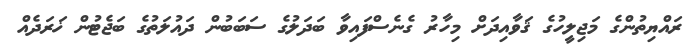
ރައްޔިތުންގެ މަޖިލީހުގެ ޤަވާއިދަށް މިހާރު ގެނެސްފައިވާ ބަދަލުގެ ސަބަބުން ދައުލަތުގެ ބަޖެޓުން ޚަރަދެއް